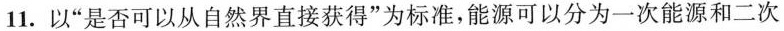
11.以”是否可以从自然界直接获得”为标准，能源可以分为一次能源和二次